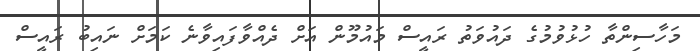
މަހާސިންތާ ހުޅުވުމުގެ ދައުވަތު ރައީސް މައުމޫން އަށް ދެއްވާފައިވާނެ ކަމަށް ނައިބު ރައީސް